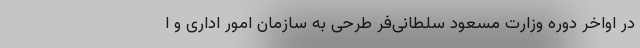
در اواخر دوره وزارت مسعود سلطانی‌فر طرحی به سازمان امور اداری و ا